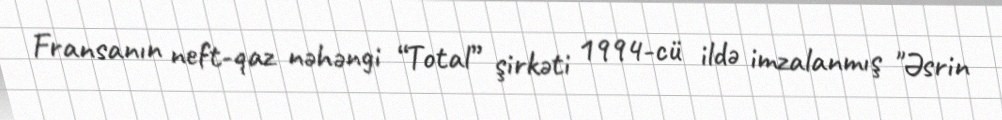
Fransanın neft-qaz nəhəngi “Total” şirkəti 1994-cü ildə imzalanmış "Əsrin